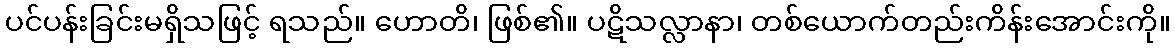
ပင်ပန်းခြင်းမရှိသဖြင့် ရသည်။ ဟောတိ၊ ဖြစ်၏။ ပဋိသလ္လာနာ၊ တစ်ယောက်တည်းကိန်းအောင်းကို။